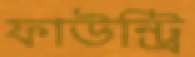
ফাউন্ট্রি